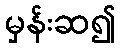
မှန်းဆ၍